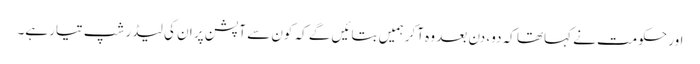
اور حکومت نے کہاتھا کہ دو، دن بعد وہ آکر ہمیں بتائیں گے کہ کون سے آپشن پر ان کی لیڈر شپ تیار ہے۔